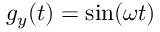
g _ { y } ( t ) = \sin ( \omega t )